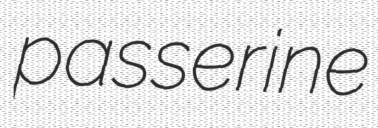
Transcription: passerine